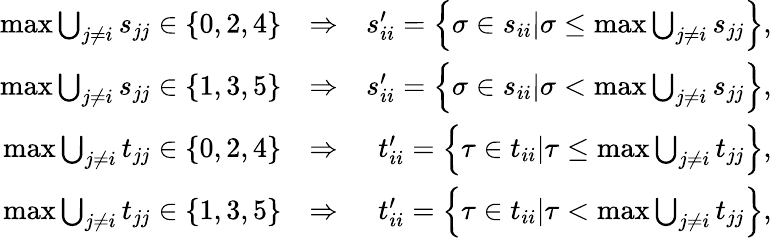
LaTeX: \begin{array}{rlr}{\operatorname*{max}\bigcup_{j\neq i}s_{jj}\in\{ 0,2,4\} }&{\Rightarrow}&{s_{ii}^{\prime}=\left\{ \sigma\in s_{ii}|\sigma\le\operatorname*{max}\bigcup_{j\neq i}s_{jj}\right\} ,}\\ {\operatorname*{max}\bigcup_{j\neq i}s_{jj}\in\{ 1,3,5\} }&{\Rightarrow}&{s_{ii}^{\prime}=\left\{ \sigma\in s_{ii}|\sigma<\operatorname*{max}\bigcup_{j\neq i}s_{jj}\right\} ,}\\ {\operatorname*{max}\bigcup_{j\neq i}t_{jj}\in\{ 0,2,4\} }&{\Rightarrow}&{t_{ii}^{\prime}=\left\{ \tau\in t_{ii}|\tau\le\operatorname*{max}\bigcup_{j\neq i}t_{jj}\right\} ,}\\ {\operatorname*{max}\bigcup_{j\neq i}t_{jj}\in\{ 1,3,5\} }&{\Rightarrow}&{t_{ii}^{\prime}=\left\{ \tau\in t_{ii}|\tau<\operatorname*{max}\bigcup_{j\neq i}t_{jj}\right\} ,}\end{array}